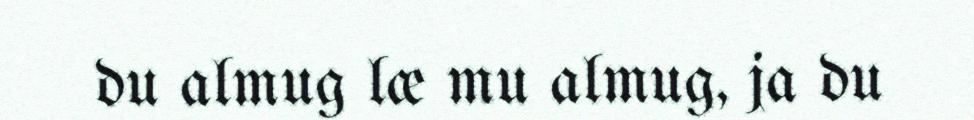
du almug læ mu almug, ja du